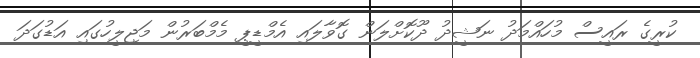
ކުރީގެ ރައީސް މުހައްމަދު ނަޝީދު ދޫކޮށްލަން ގޮވާލައި އެމްޑީޕީ މެމްބަރުން މަޖިލީހުގައި އަޑުގަދަ